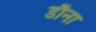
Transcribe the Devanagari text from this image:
डौना